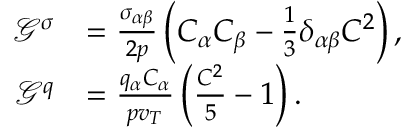
\begin{array} { r l } { \mathcal { G } ^ { \sigma } } & { = \frac { \sigma _ { \alpha \beta } } { 2 p } \left( C _ { \alpha } C _ { \beta } - \frac { 1 } { 3 } \delta _ { \alpha \beta } C ^ { 2 } \right) , } \\ { \mathcal { G } ^ { q } } & { = \frac { q _ { \alpha } C _ { \alpha } } { p v _ { T } } \left( \frac { C ^ { 2 } } { 5 } - 1 \right) . } \end{array}